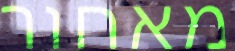
מאחור